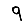
Digit: 9